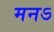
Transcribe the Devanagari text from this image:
मनऽ